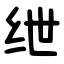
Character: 绁